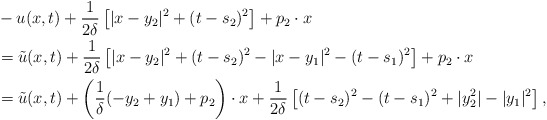
\begin{align*}&-u(x,t)+\frac{1}{2\delta}\left[|x-y_{2}|^{2}+(t-s_{2})^{2}\right]+p_{2}\cdot x\\&=\tilde{u}(x,t)+\frac{1}{2\delta}\left[|x-y_{2}|^{2}+(t-s_{2})^{2}-|x-y_{1}|^{2}-(t-s_{1})^{2}\right]+p_{2}\cdot x\\&=\tilde{u}(x,t)+\left(\frac{1}{\delta}(-y_{2}+y_{1})+p_{2}\right)\cdot x+\frac{1}{2\delta}\left[(t-s_{2})^{2}-(t-s_{1})^{2}+|y_{2}^{2}|-|y_{1}|^{2}\right],\end{align*}